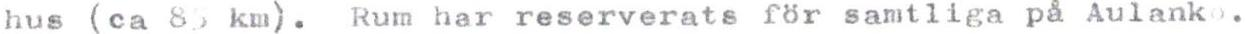
hus (ca 85 km). Rum har reserverats för samtliga på Aulanko.